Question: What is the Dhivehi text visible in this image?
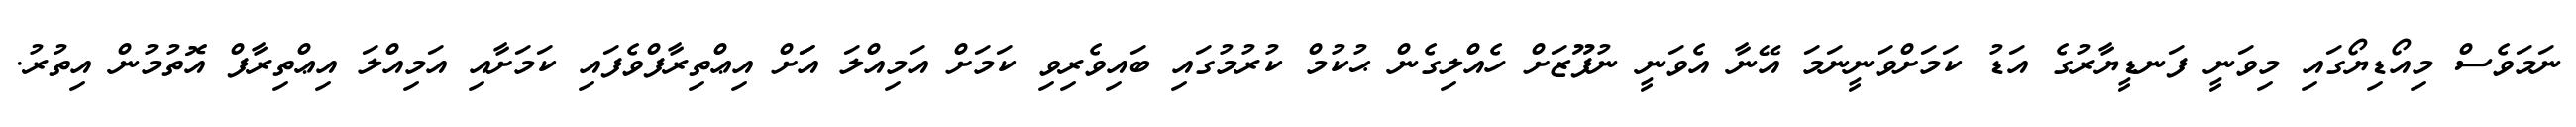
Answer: ނަމަވެސް މިއޯޑިޔޯގައި މިވަނީ ފަނޑީޔާރުގެ އަޑު ކަމަށްވަނީނަމަ އޭނާ އެވަނީ ނުފޫޒަށް ހެއްލިގެން ޙުކުމް ކުރުމުގައި ބައިވެރިވި ކަމަށް އަމިއްލަ އަަށް އިޢްތިރާފްވެފައި ކަމަށާއި އަމިއްލަ އިޢްތިރާފް އޮތުމުން އިތުރު.